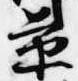
景